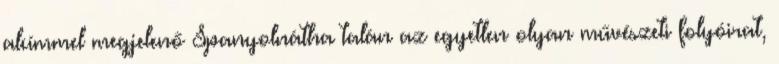
alcímmel megjelenő Spanyolnátha talán az egyetlen olyan művészeti folyóirat,